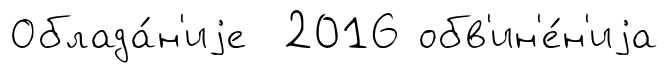
Облада́н'иjе 2016 обв'ин'е́н'иjа